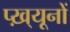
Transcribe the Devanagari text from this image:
प्ख़्यूनों